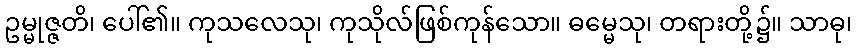
ဥမ္မုဇ္ဇတိ၊ ပေါ်၏။ ကုသလေသု၊ ကုသိုလ်ဖြစ်ကုန်သော။ ဓမ္မေသု၊ တရားတို့၌။ သာဓု၊